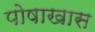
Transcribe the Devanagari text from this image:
पोषाखास